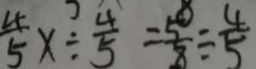
\frac { 4 } { 5 } x \div \frac { 4 } { 5 } = \frac { 5 } { 8 } \div \frac { 4 } { 5 }